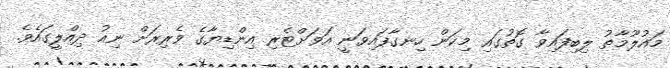
މައުލޫމާތު ލިބިފައިވާ ގޮތުގައި މިކަން ހިނގާފައިވަނީ އަވަށްޓެރި އިންޑިޔާގެ ވެރިރަށް ނިއު ދިއްލީގައެވެ.